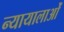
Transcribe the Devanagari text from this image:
न्यायालाओं